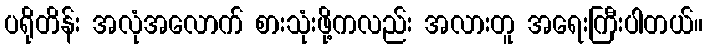
ပရိုတိန်း အလုံအလောက် စားသုံးဖို့ကလည်း အလားတူ အရေးကြီးပါတယ်။